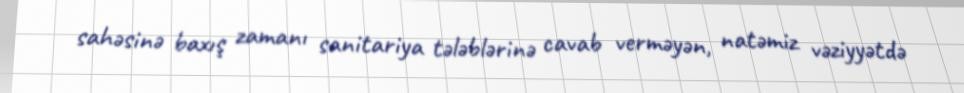
sahəsinə baxış zamanı sanitariya tələblərinə cavab verməyən, natəmiz vəziyyətdə